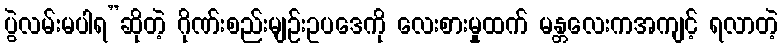
ပွဲလမ်းမပါရ”ဆိုတဲ့ ဂိုဏ်းစည်းမျဉ်းဥပဒေကို လေးစားမှုထက် မန္တလေးကအကျင့် ရလာတဲ့